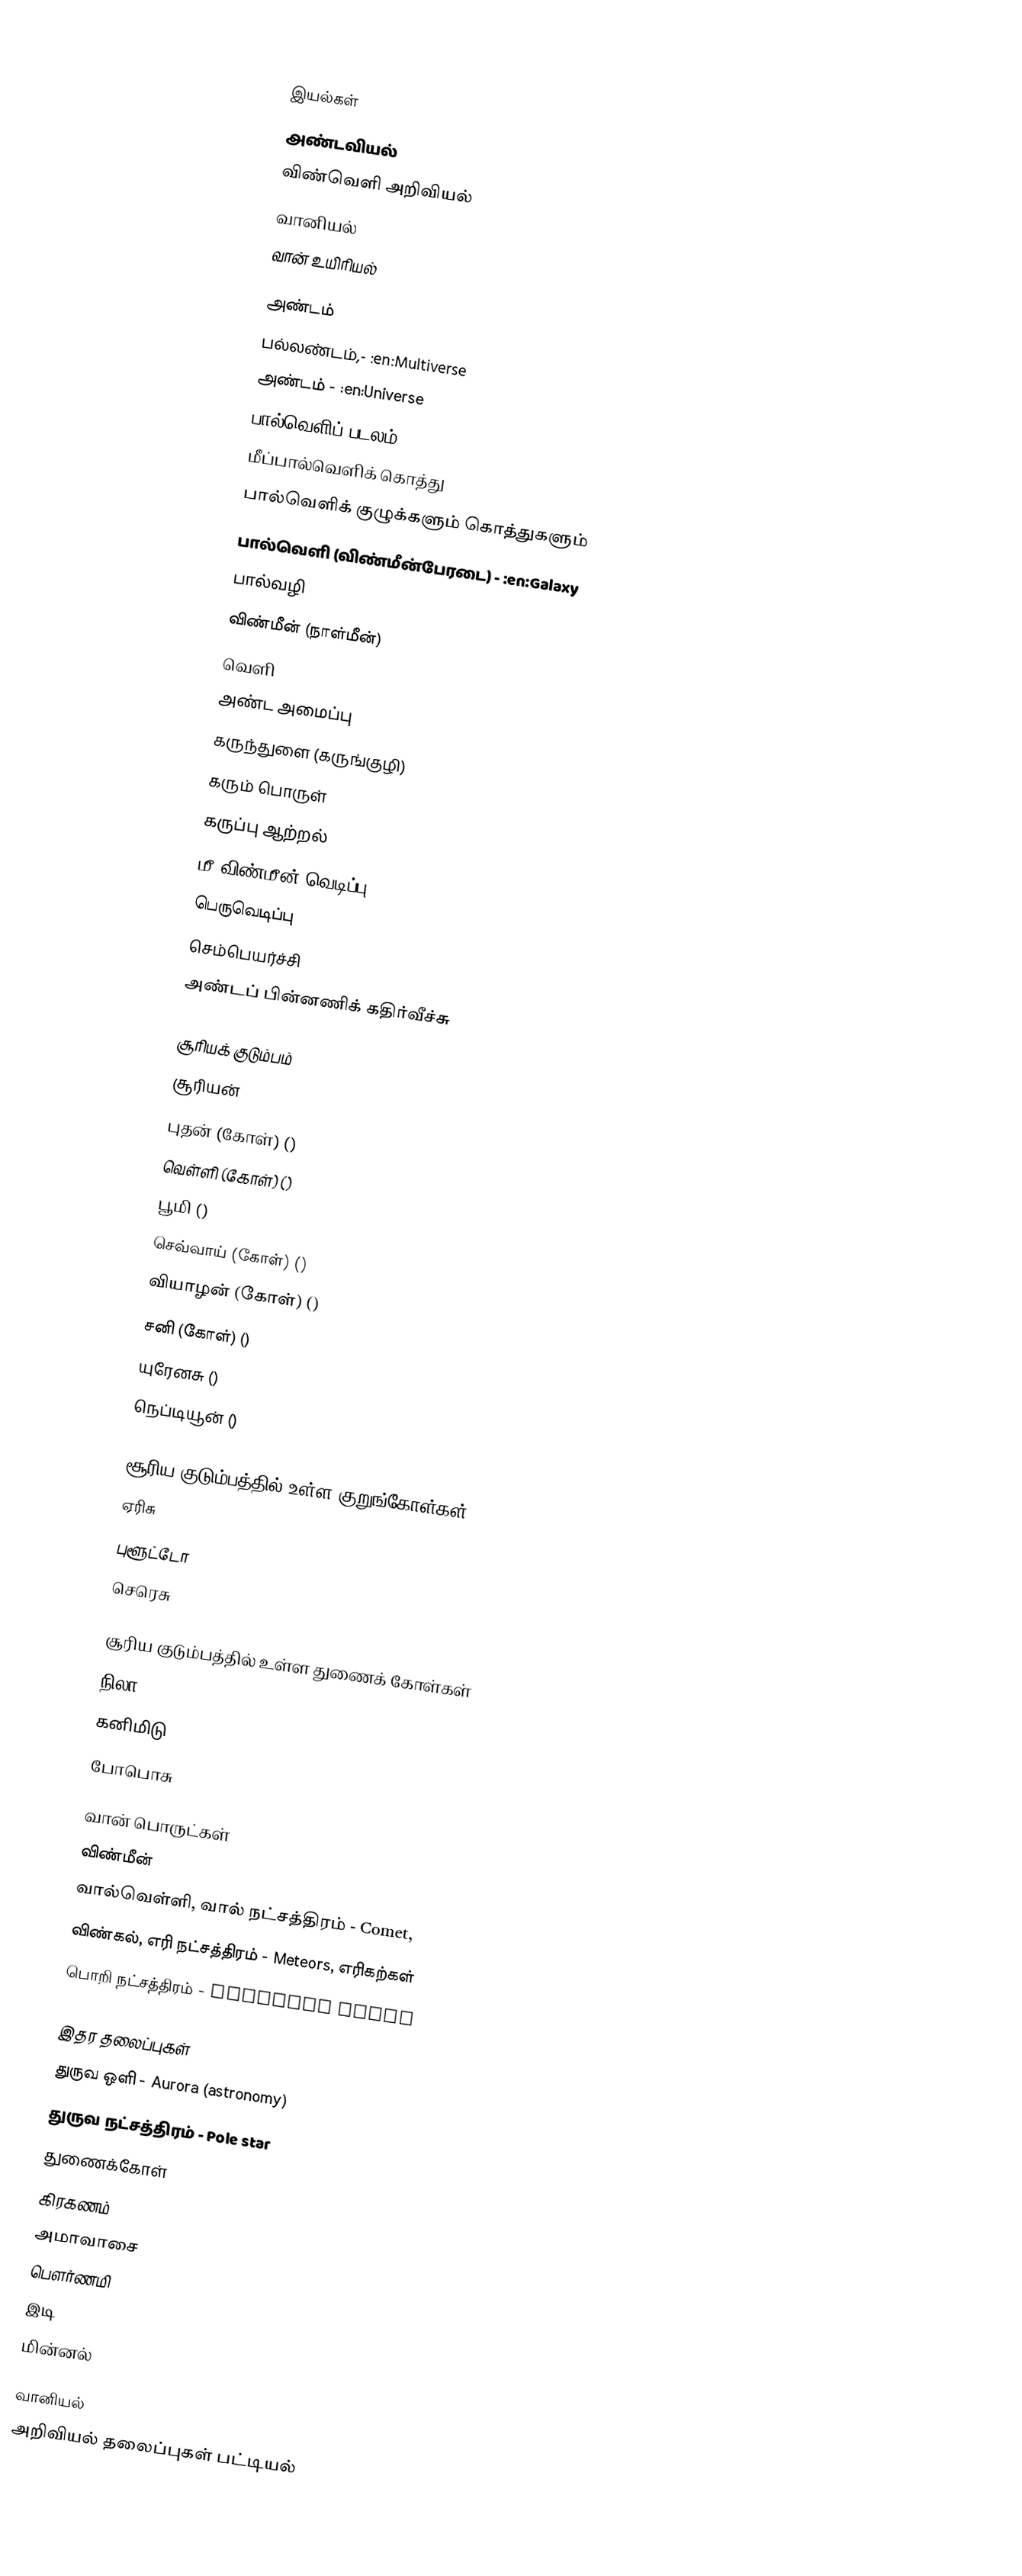

இயல்கள்
 அண்டவியல்
 விண்வெளி அறிவியல்
 வானியல்
 வான் உயிரியல்

அண்டம்
 பல்லண்டம்,- :en:Multiverse
 அண்டம் - :en:Universe
 பால்வெளிப் படலம்
 மீப்பால்வெளிக் கொத்து
 பால்வெளிக் குழுக்களும் கொத்துகளும்
 பால்வெளி (விண்மீன்பேரடை) - :en:Galaxy
 பால்வழி
 விண்மீன் (நாள்மீன்)
 வெளி
 அண்ட அமைப்பு
 கருந்துளை (கருங்குழி)
 கரும் பொருள்
 கருப்பு ஆற்றல்
 மீ விண்மீன் வெடிப்பு
 பெருவெடிப்பு
 செம்பெயர்ச்சி
 அண்டப் பின்னணிக் கதிர்வீச்சு

சூரியக் குடும்பம்
 சூரியன்
 புதன் (கோள்) ()
 வெள்ளி (கோள்) ()
 பூமி ()
 செவ்வாய் (கோள்) ()
 வியாழன் (கோள்) ()
 சனி (கோள்) ()
 யுரேனசு ()
 நெப்டியூன் ()

சூரிய குடும்பத்தில் உள்ள குறுங்கோள்கள்
 ஏரிசு
 புளூட்டோ
 செரெசு

சூரிய குடும்பத்தில் உள்ள துணைக் கோள்கள்
 நிலா
 கனிமிடு
 போபொசு

வான் பொருட்கள்
 விண்மீன்
 வால்வெள்ளி, வால் நட்சத்திரம் - Comet,
 விண்கல், எரி நட்சத்திரம் - Meteors, எரிகற்கள்
 பொறி நட்சத்திரம் - Shooting stars

இதர தலைப்புகள்
 துருவ ஒளி - Aurora (astronomy)
 துருவ நட்சத்திரம் - Pole star
 துணைக்கோள்
 கிரகணம்
 அமாவாசை
 பெளர்ணமி
 இடி
 மின்னல்

வானியல்
அறிவியல் தலைப்புகள் பட்டியல்